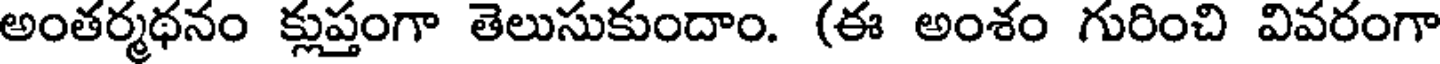
అంతర్మథనం క్లుప్తంగా తెలుసుకుందాం. (ఈ అంశం గురించి వివరంగా